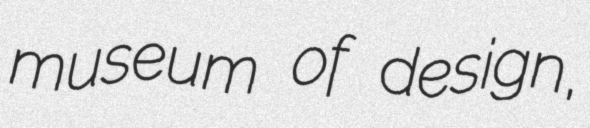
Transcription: museum of design,